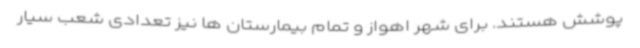
پوشش هستند. برای شهر اهواز و تمام بیمارستان ها نیز تعدادی شعب سیار